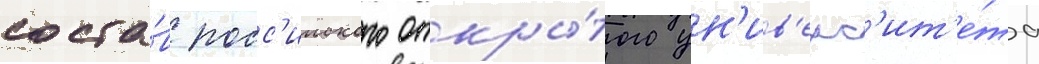
соста́в росс'ииского откры́того ун'ив'ерс'ит'е́та